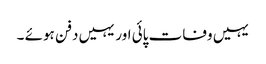
یہیں وفات پائی اور یہیں دفن ہوئے ۔